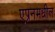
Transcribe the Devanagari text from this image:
एप्रनमधील